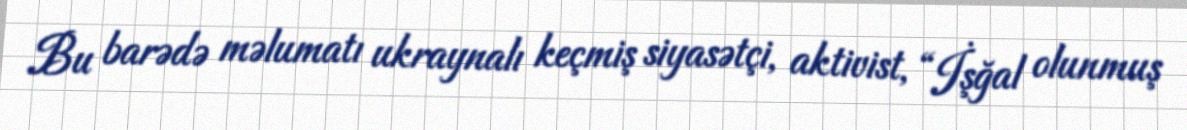
Bu barədə məlumatı ukraynalı keçmiş siyasətçi, aktivist, “İşğal olunmuş